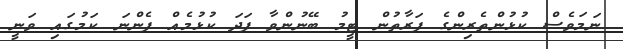
ނަމަވެސް ކުޅުންތެރިންގެ ފަރާތުން ޓީމު ބޭނުންވާ ފަދަ ކުޅުމެއް ފެންނަ ކަމުގައި ވަނީ